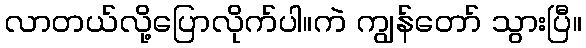
လာတယ်လို့ပြောလိုက်ပါ။ကဲ ကျွန်တော် သွားပြီ။